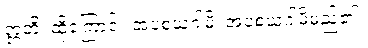
ဣတိ၊ ထို့ကြောင့်။ အပစယဂါမိ၊ အပစယဂါမိမည်၏။